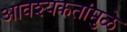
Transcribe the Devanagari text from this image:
आवश्यकतांमुळे